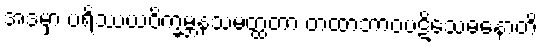
အဒမှာ ပရိဿယဝိက္ခမ္ဘနသမတ္ထတာ တထာဘာဝပဋိသေဓနောတိ